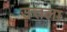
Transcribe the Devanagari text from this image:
उत्तला